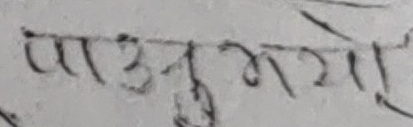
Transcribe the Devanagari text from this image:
पासुमर्गो